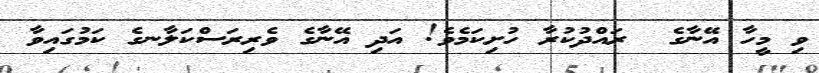
ވި މީހާ އޭނާގެ  ރައްދުކުރާ ހުށިކަމެވެ! އަދި އޭނާގެ ވެރިރަސްކަލާނގެ ކަމުގައިވާ